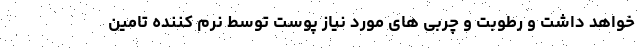
خواهد داشت و رطوبت و چربی های مورد نیاز پوست توسط نرم کننده تامین